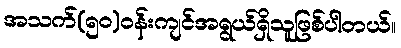
အသက်(၅၀)ဝန်းကျင်အရွယ်ရှိသူဖြစ်ပါတယ်။